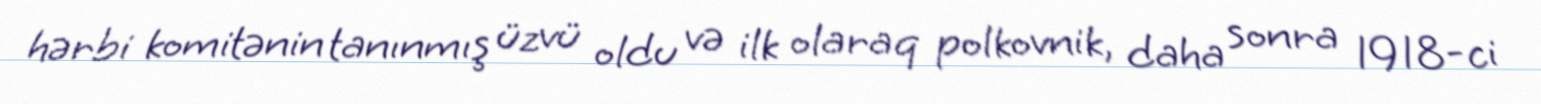
hərbi komitənin tanınmış üzvü oldu və ilk olaraq polkovnik, daha sonra 1918-ci